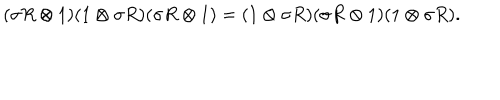
( \sigma R \otimes 1 ) ( 1 \otimes \sigma R ) ( \sigma R \otimes 1 ) = ( 1 \otimes \sigma R ) ( \sigma R \otimes 1 ) ( 1 \otimes \sigma R ) .